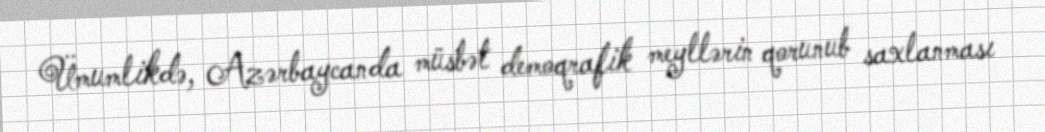
Ümumlikdə, Azərbaycanda müsbət demoqrafik meyllərin qorunub saxlanması